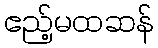
ဧည့်မထဆန်